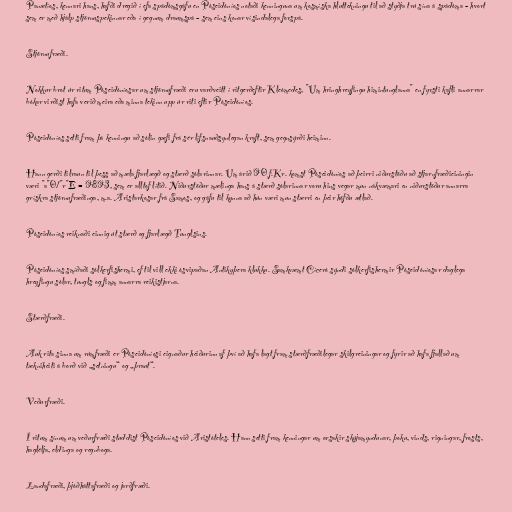
Panætíos, kennari hans, hafði dregið í efa spádómsgáfu en Póseidóníos notaði kenninguna um kosmíska hluttekningu til að styðja trú sína á spádóma - hvort
sem er með hjálp stjörnuspekinnar eða í gegnum draumspá - sem eins konar vísindalega forspá.

Stjörnufræði.

Nokkur brot úr ritum Póseidóníosar um stjörnufræði eru varðveitt í ritgerðeftir Kleómedes, "Um hringhreyfingu himintunglanna" en fyrsti kafli annarrar
bókar virðist hafa verið meira eða minna tekinn upp úr riti eftir Póseidóníos.

Póseidóníos setti fram þá kenningu að sólin gæfi frá sér lífsnauðsynlegan kraft, sem gegnsýrði heiminn.

Hann gerði tilraun til þess að mæla fjarlægð og stærð sólarinnar. Um árið 90 f.Kr. komst Póseidóníos að þeirri niðurstöðu að stjarnfræðieiningin
væri "a"0/"r"E = 9893, sem er alltof lítið. Niðurstöður mælinga hans á stærð sólarinnar voru hins vegar mun nákvæmari en niðurstöður annarra
grískra stjörnufræðinga, m.a. Aristarkosar frá Samos, og gáfu til kynna að hún væri mun stærri en þeir höfðu ætlað.

Póseidóníos reiknaði einnig út stærð og fjarlægð Tunglsins.

Póseidóníos smíðaði sólkerfishermi, ef til vill ekki ósvipaðan Antikyþera klukku. Samkvæmt Cíceró sýndi sólkerfishermir Póseidóníosar daglega
hreyfingu sólar, tungls og fimm annarra reikistjarna.

Stærðfræði.

Auk rita sinna um rúmfræði er Póseidóníosi eignaður heiðurinn af því að hafa lagt fram stærðfræðilegar skilgreiningar og fyrir að hafa fjallað um
tækniheiti á borð við „setningu“ og „þraut“.

Veðurfræði.

Í ritum sínum um veðurfræði studdist Póseidóníos við Aristóteles. Hann setti fram kenningar um orsakir skýjamyndunar, þoku, vinds, rigningar, frosts,
haglélja, eldinga og regnboga.

Landafræði, þjóðháttafræði og jarðfræði.